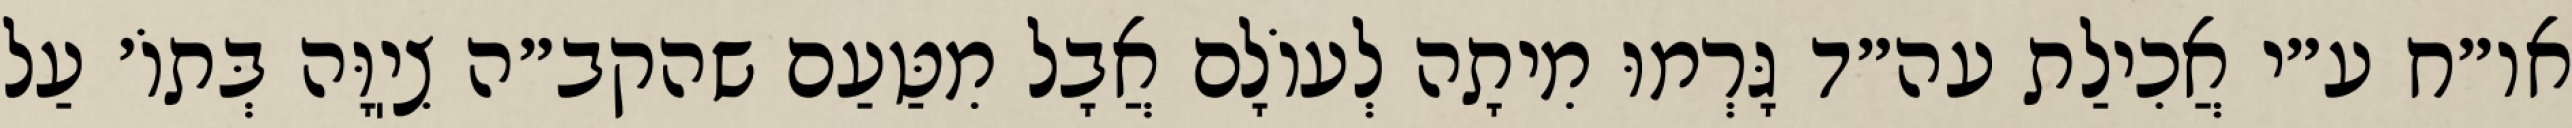
או״ח ע״י אֲכִילַת עה״ד גָּרְמוּ מִיתָה לְעוֹלָם אֲבָל מִטַּעַם שהקב״ה צִיֽוָּה בְּתוֹ׳ עַל